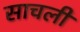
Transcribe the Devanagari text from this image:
साचली